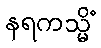
နရကသ္မိံ